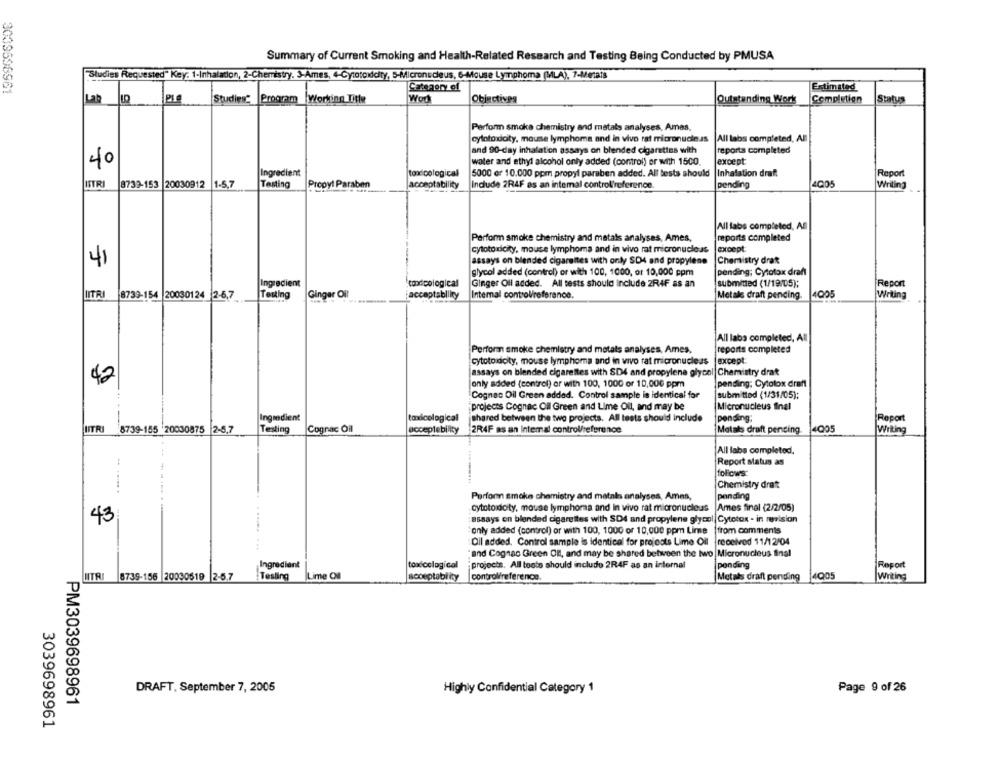
Summary of Current Smoking and Health-Related Research and Testing Being Conducted by PMUSA
"Słudies Requested" Key: 1-Inhalation, 2-Chemistry. 3-Ames, 4-Cytotoxicity, 5-Micronsdeus, 6-Mouse Lymphoma (MLA), 7-Metals
Category of
Estimated
Lab LO
Studies Program Working Title
Worl
Objectives
Outstanding Work
Completion
Status
Perform smoke chemistry and metals analyses, Ames,
cytotoxicity, mouse lymphoma and in vivo rat micronucleus
All labs completed, All
and 90-day inhalation assays on blended cigarettes with
reports completed
except
40
water and ethyl alcohol only added (control) er with 1500.
Ingredient
tox cological
5000 er 10.000 ppm propyl paraben added. All tests should
Inhalation draft
Report
Propyl Paraben
1005
Writing
HTRI
8739-153 20030912
1-5,7
Tasting
acceptability
Include 2R4F as an intemal control'reference.
pending
All labs completed, All
reports completed
Perform smoke chemistry and matals analyses, Ames,
cytotoxicity, mouse lymphoma and in vivo rat micronucleus
except
41
assays on blended cigarettes with only SD4 and propylene
Chemistry drat
glycol added (control) or with 100, 1000, or 10,000 ppm
pending; Cytotox draft
Ingredient
condcological
Ginger Oll added. All tests should Include 2R4F as an
submitted (1/19/05);
Report
IITRI
8739-154 |20030124 2-6.7
Testing
Ginger Oil
acceptability
Internal control/reference.
Metale draft pending.
4005
Writing
All laba completed, All
Perform smoke chemistry and metals analyses, Ames,
reports completed
cytotodicity, mouse lymphoma and in vivo rat micronucleus
except
assays on blended cigarettes with SD4 and propylene glycol Chemistry drat
42
only added (control) or with 100, 1000 or 10,000 ppm
pending; Cytolox draft
Cognac Oil Green added. Control sample is identical for
submitted (1/31/05);
projects Cognac Oll Green and Lime Oil, and may be
Micronucleus final
Ingredient
toxicological
shared between the two projects. All tests should include
pending;
Report
LITRI
8739-155 20030875 2-
Testing
Cognac Oil
acceptability
2R4F as an Internal control/reference
Metals draft pending. 4Q05
All labs completed.
Report status as
follows:
Chemistry drat
Porforn smoke chemistry and matals analyses, Ames,
pending
cytotodoty, mouse lymphoma and in vivo rat micronucleus Ames final (2/2/05)
43
:assays on blended cigarettes with SD4 and propylene glycol| Cytotox - in revision
only added (control) or with 100, 1000 or 10,000 ppm Lime |from comments
Cil added, Control sample is identical for projects Lime Oil received 11/12/04
" and Cognac Green Oll, and may be shared between the two Micronucleus final
Report
Ingredient
toxicological
projects. All toots should include 2R4F as an internal
ponding
LITR
8739-156 20030519 2-5.7
Testing
Lime Oll
acceptablity
Metals draft pending 4Q05
Writing
DRAFT. September 7, 2005
Highly Confidential Category 1
Page 9 of 26
PM3039698961
3039698961